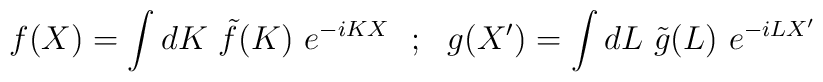
f(X)=\int dK~\tilde{f}(K)~ e^{-iKX}~~;~~  g(X')=\int dL~\tilde{g}(L)~ e^{-iLX'}